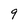
Character: 9